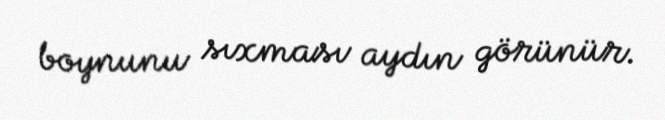
boynunu sıxması aydın görünür.